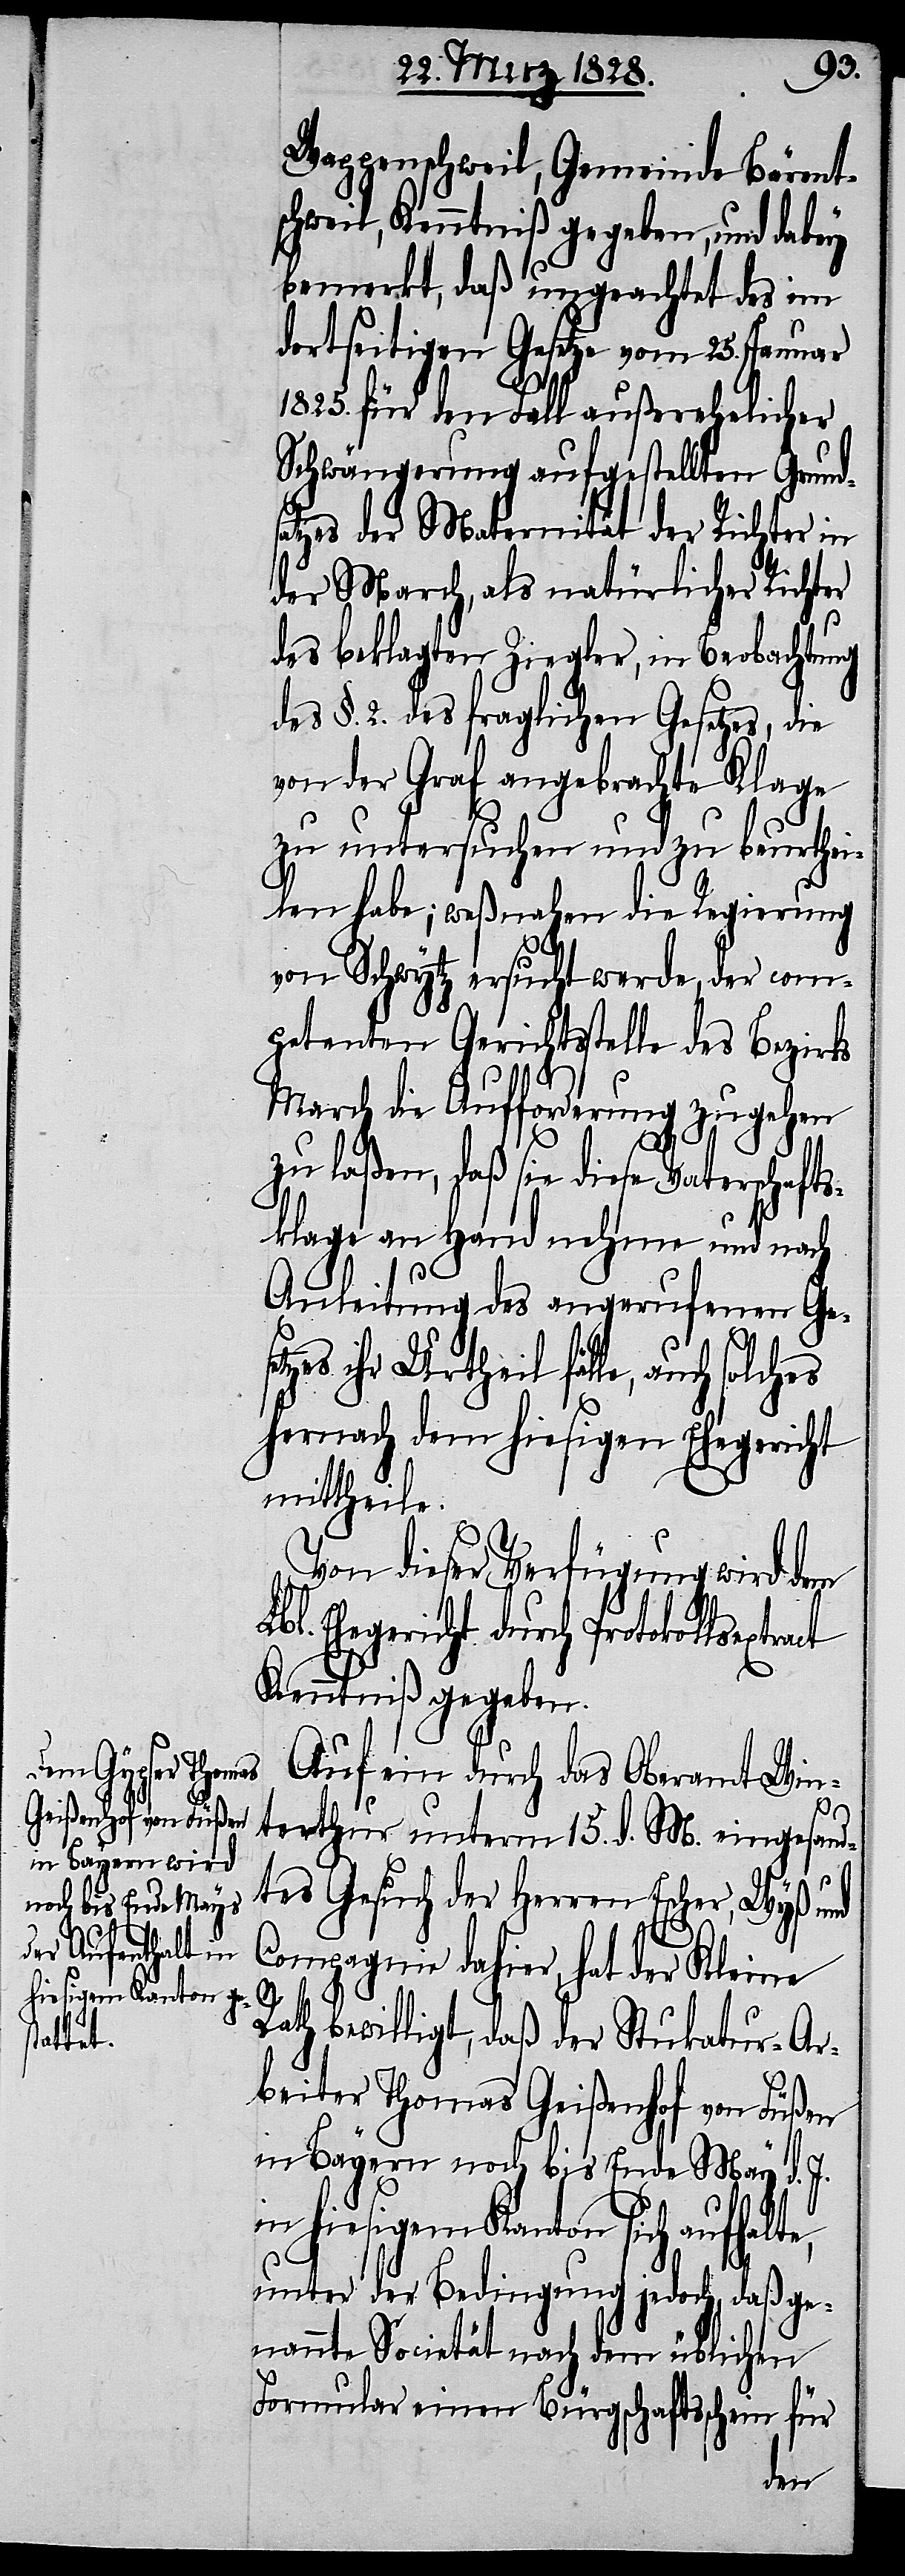
tract

Wappenschweil, Gemeinde Bärent¬
schweil, Kenntniß gegeben, und dabey
bemerkt, daß ungeachtet des im
dortseitigen Gesetze vom 25. Januar
1825. für den Fall außerehelicher
Schwängerung aufgestellten Grunds¬
atzes der Maternität der Richter in
der March, als natürlicher Richter
des beklagten Ziegler, in Beobachtung
des §. 2. des fraglichen Gesetzes, die
von der Graf angebrachte Klage
zu untersuchen und zu beurthei¬
len habe; weßnahen die Regierung
von Schwytz ersucht werde, der com¬
petenten Gerichtsstelle des Bezirks
March die Aufforderung zugehen
zu laßen, daß sie diese Vaterschafts¬
klage an Hande nehme und nach
Anleitung des angerufenen Gese¬
tzes ihr Urtheil fälle, auch
hernach dem hiesigen Ehegericht
mittheile.
Von dieser Verfügung wird dem
Ehegericht durch Protokollsex¬
Kenntniß gegeben.
Auf ein durch das Oberamt Win¬
terthur unterm 15. d. M. eingesand¬
tes Gesuch der Herren Escher, Wyß und
Compagnie dahier, hat der Kleine
Rath bewilligt, daß der Stukatur-Ar¬
beiter Thomas Geißenhof von Füßen
in Bayern noch bis Ende May d. J.
in hiesigem Kanton sich aufhalte,
unter der Bedingung jedoch, daß ge¬
nannte Societät nach dem üblichen
Formular einen Bürgschaftsschein für